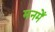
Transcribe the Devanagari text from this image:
मनमेँ